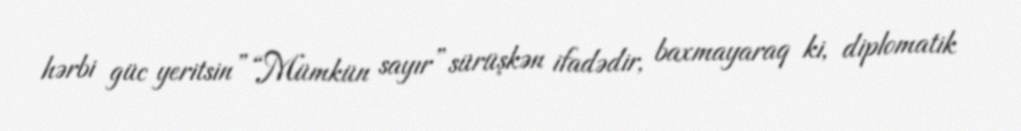
hərbi güc yeritsin” “Mümkün sayır” sürüşkən ifadədir, baxmayaraq ki, diplomatik